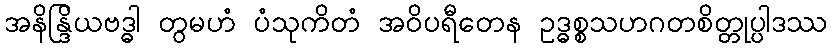
အနိန္ဒြိယဗဒ္ဓါ တွမဟံ ပံသုကိတံ အဝိပရီတေန ဥဒ္ဓစ္စသဟဂတစိတ္တုပ္ပါဒဿ